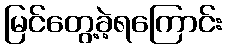
မြင်တွေ့ခဲ့ရကြောင်း